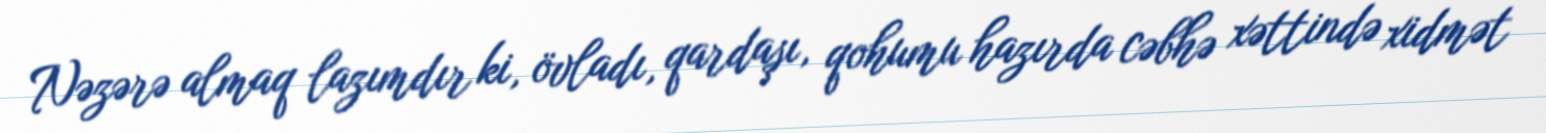
Nəzərə almaq lazımdır ki, övladı, qardaşı, qohumu hazırda cəbhə xəttində xidmət